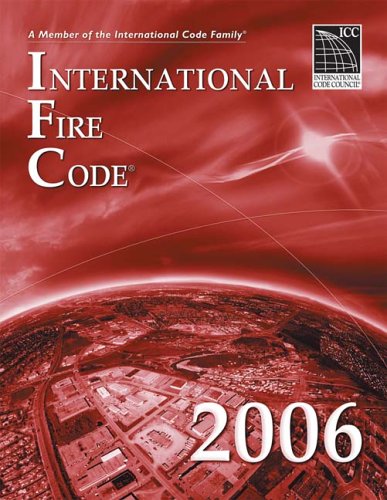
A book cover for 2006 International Fire Code (International Code Council Series); International Code Council; Law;